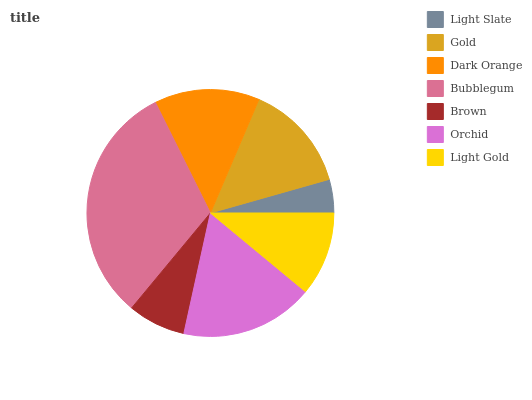
| Light Slate | Gold | Dark Orange | Bubblegum | Brown | Orchid | Light Gold |
 | --- | --- | --- | --- | --- | --- | --- |
 | 4.39% | 14.2% | 13.8% | 31.6% | 7.57% | 17.5% | 11% |